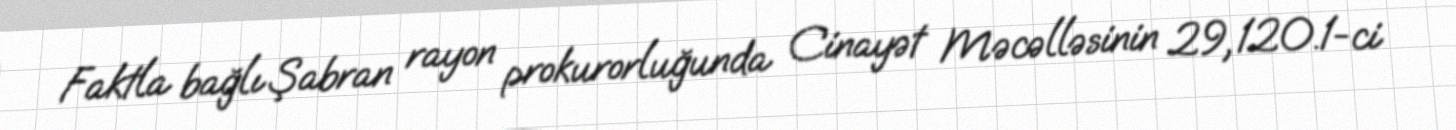
Faktla bağlı Şabran rayon prokurorluğunda Cinayət Məcəlləsinin 29, 120.1-ci